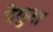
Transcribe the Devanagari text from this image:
देगुना